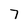
Character: 7